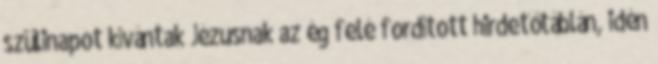
szülinapot kívántak Jézusnak az ég felé fordított hirdetőtáblán, idén